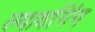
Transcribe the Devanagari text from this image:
ल्यावनिंग